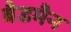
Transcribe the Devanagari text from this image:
बैडमैन